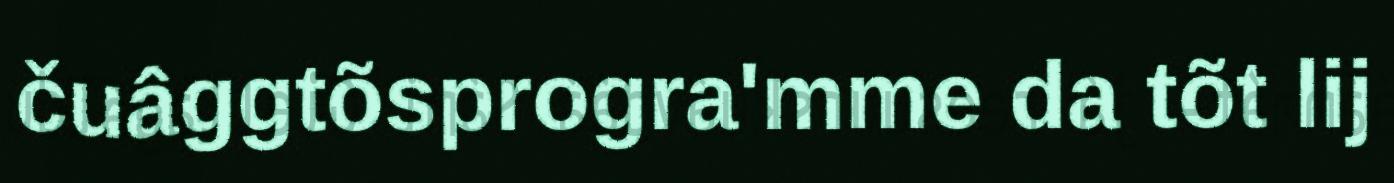
čuâggtõsprogra'mme da tõt lij